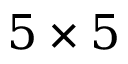
5 \times 5